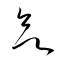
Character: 欲